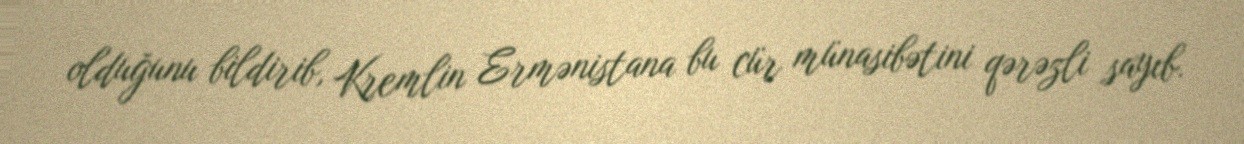
olduğunu bildirib, Kremlin Ermənistana bu cür münasibətini qərəzli sayıb.